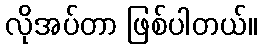
လိုအပ်တာ ဖြစ်ပါတယ်။